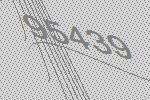
95439